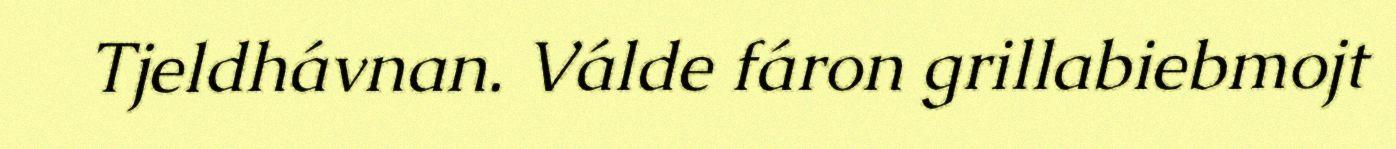
Tjeldhávnan. Válde fáron grillabiebmojt